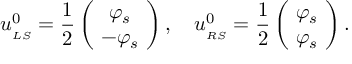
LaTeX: u _ { _ { L S } } ^ { 0 } = \frac { 1 } { 2 } \left( \! \begin{array} { c } { { \varphi _ { s } } } \\ { { - \varphi _ { s } } } \end{array} \! \right) , \quad u _ { _ { R S } } ^ { 0 } = \frac { 1 } { 2 } \left( \! \begin{array} { c } { { \varphi _ { s } } } \\ { { \varphi _ { s } } } \end{array} \! \right) .